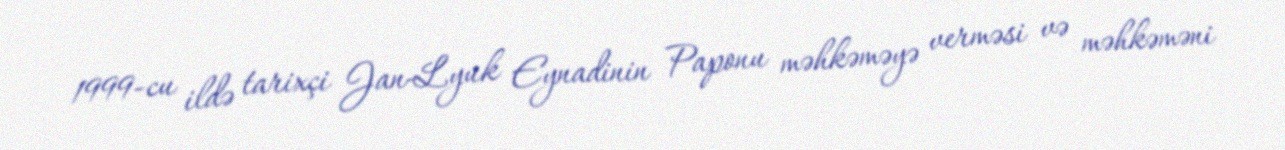
1999-cu ildə tarixçi Jan-Lyuk Eynadinin Paponu məhkəməyə verməsi və məhkəməni